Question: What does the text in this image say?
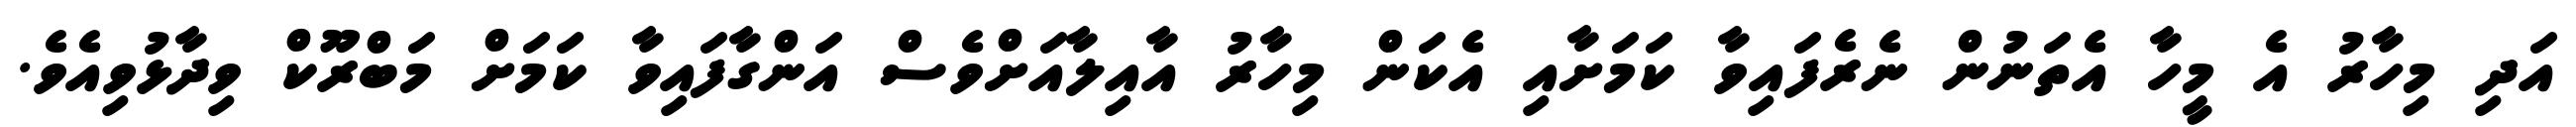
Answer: އަދި މިހާރު އެ މީހާ އެތަނުން ނެރެފައިވާ ކަމަށާއި އެކަން މިހާރު އާއިލާއަށްވެސް އަންގާފައިވާ ކަމަށް މަބްރޫކް ވިދާޅުވިއެވެ.